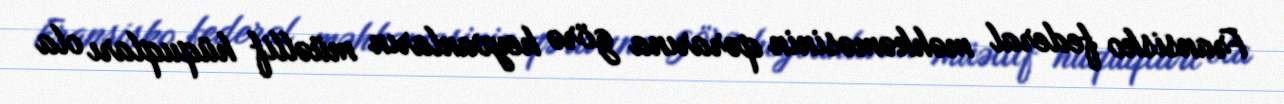
Fransisko federal məhkəməsinin qərarına görə heyvanların müəllif hüquqları ola